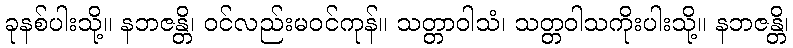
ခုနစ်ပါးသို့။ နဘဇန္တိ၊ ဝင်လည်းမဝင်ကုန်။ သတ္တာဝါသံ၊ သတ္တဝါသကိုးပါးသို့။ နဘဇန္တိ၊